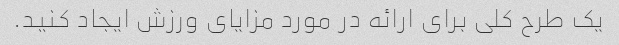
یک طرح کلی برای ارائه در مورد مزایای ورزش ایجاد کنید.